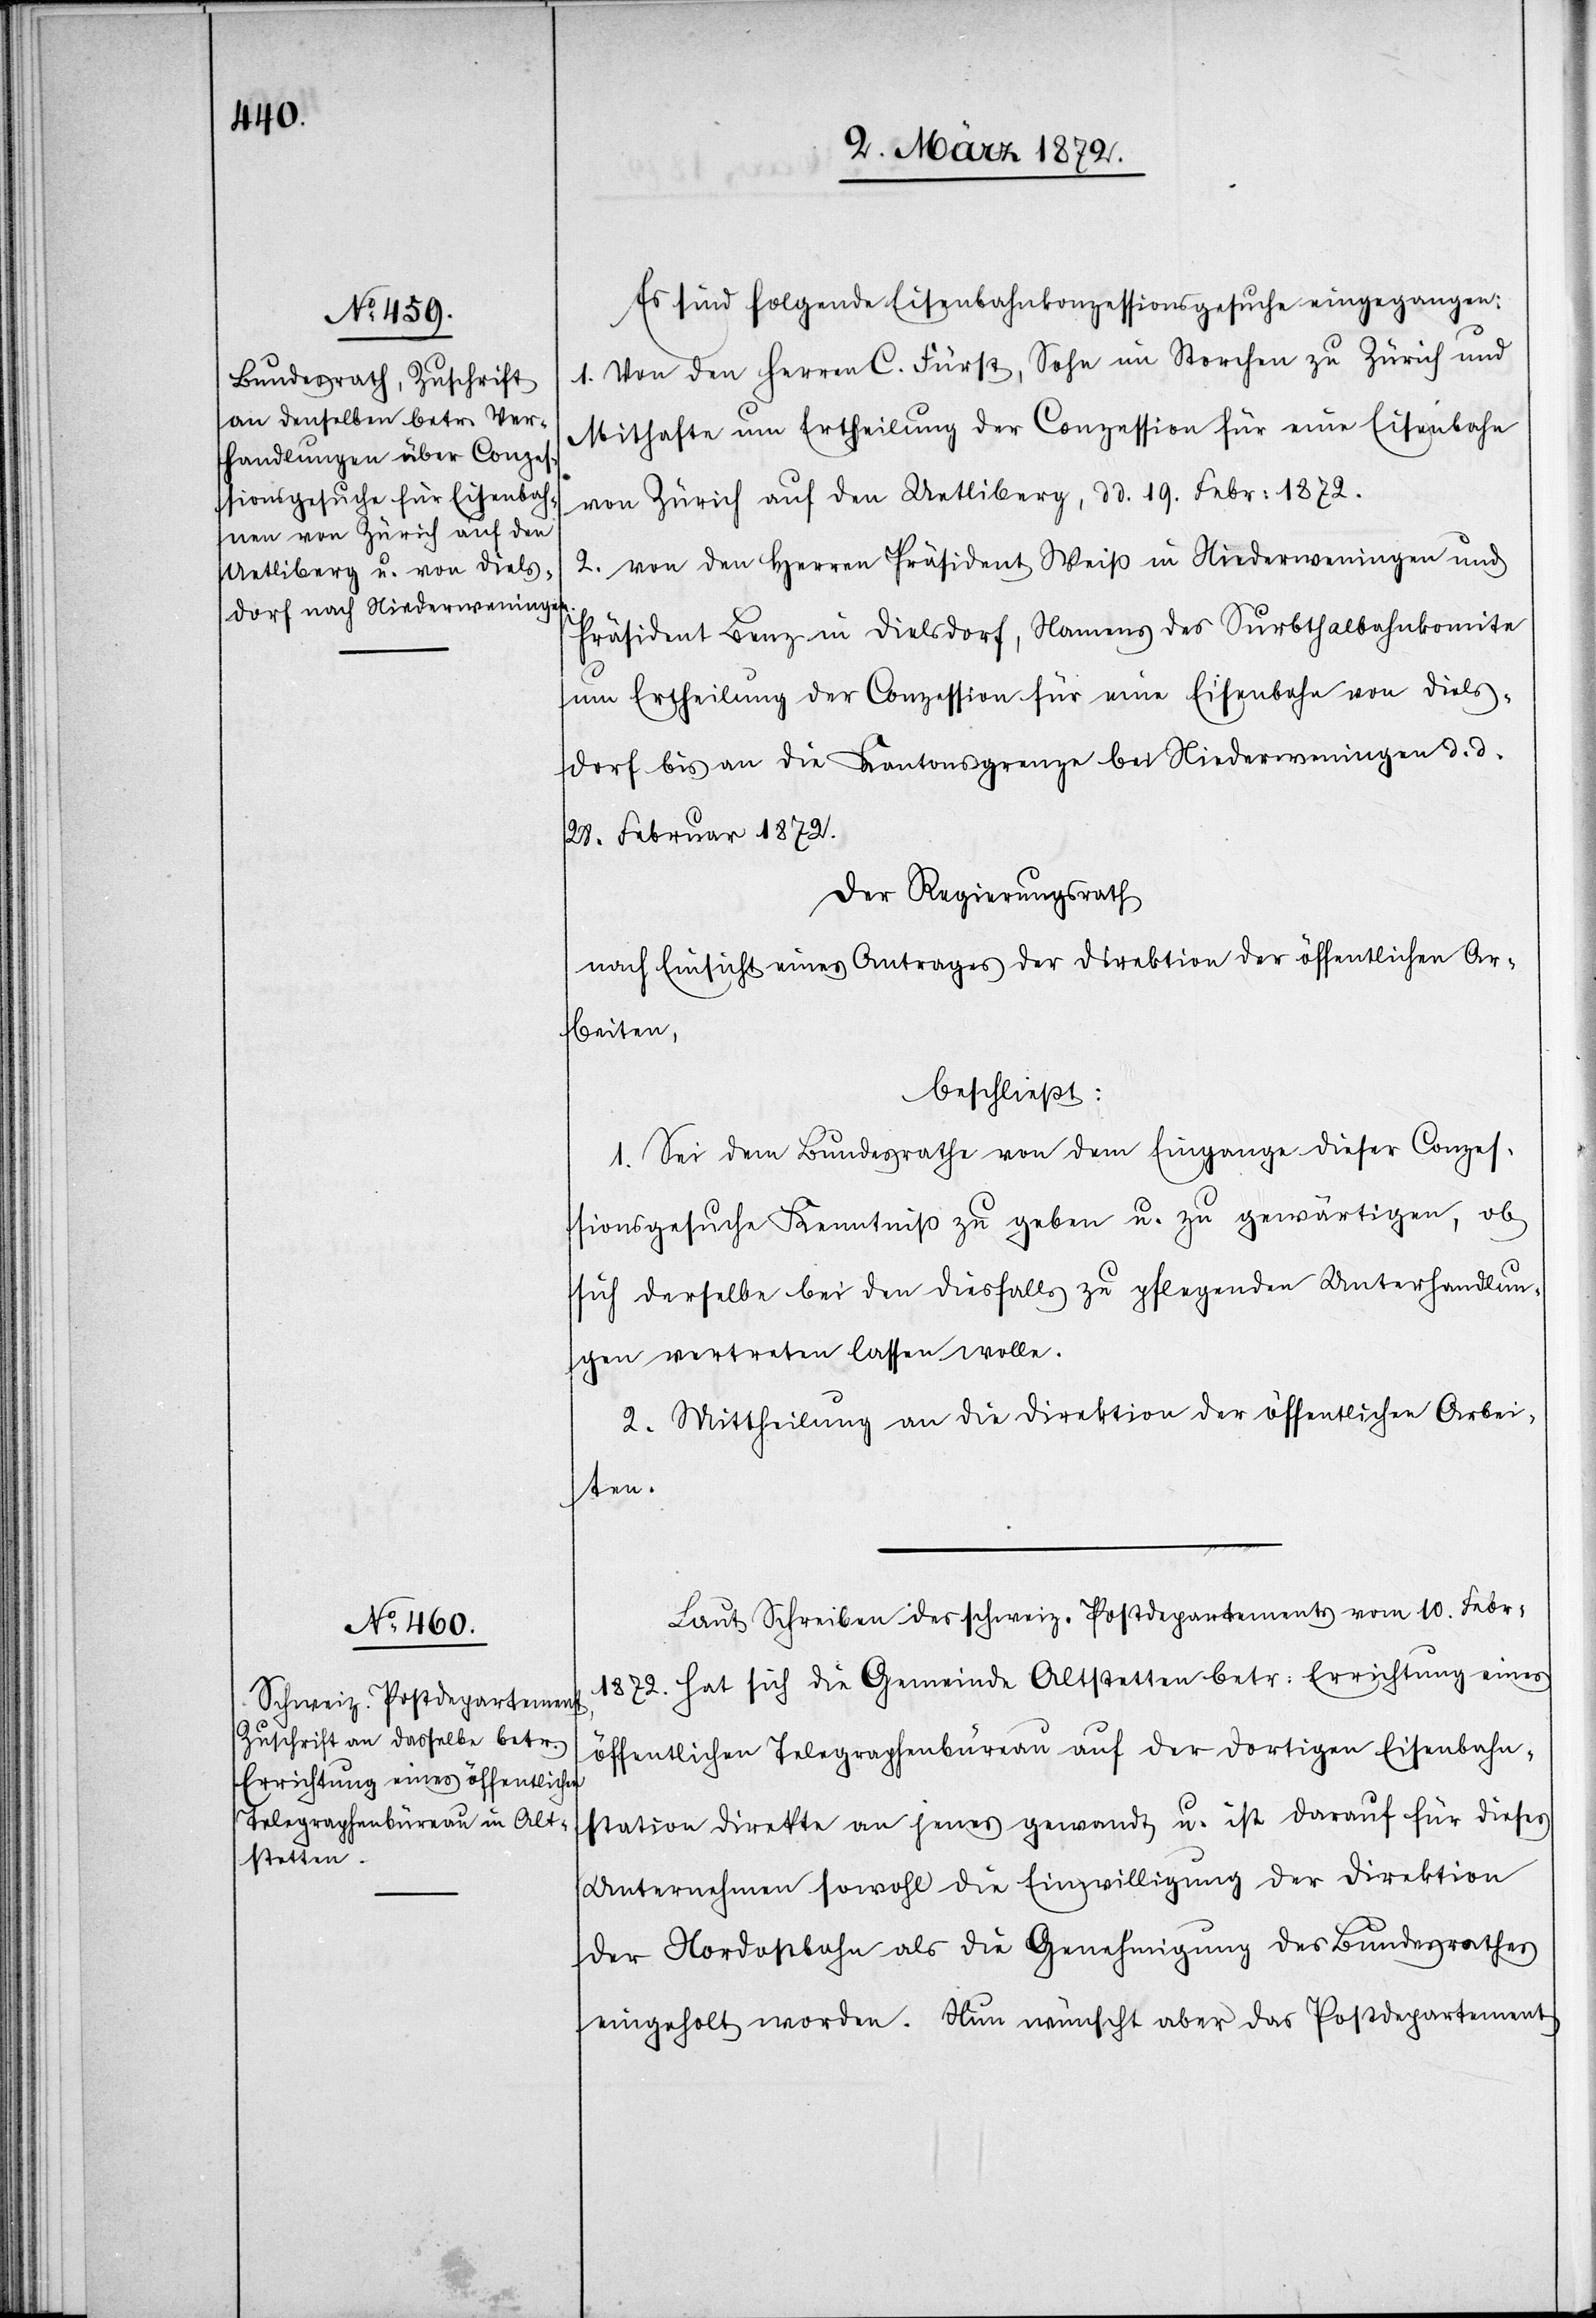
Es sind folgende Eisenbahnkonzessionsgesuche eingegangen:
1. Von den Herren C. Fürst, Sohn im Storchen zu Zürich und
Mithafte um Ertheilung der Conzession für eine Eisenbahn
von Zürich auf den Uetliberg, d d. 19. Febr. 1872.
2. Von den Herren Präsident Weiß in Niederweningen und
Präsident Lenz in Dielsdorf, Namens des Surbthalbahnkomite
um Ertheilung der Conzession für eine Eisenbahn von Diels¬
dorf bis an die Kantonsgrenze bei Niederweningen d. d.
28. Februar 1872.
Der Regierungsrath
nach Einsicht eines Antrages der Direktion der öffentlichen Ar¬
beiten,
beschließt:
1. Sei dem Bundesrathe von dem Eingange dieser Conzes¬
sionsgesuche Kenntniß zu geben u. zu gewärtigen, ob
sich derselbe bei den diesfalls zu pflegenden Unterhandlun¬
gen vertreten lassen wolle.
2. Mittheilung an die Direktion der öffentlichen Arbei¬
ten.
Laut Schreiben des schweiz. Postdepartements vom 10. Febr.
1872. hat sich die Gemeinde Altstetten betr: Errichtung eines
öffentlichen Telegraphenbüreau auf der dortigen Eisenbahn¬
station direkte [sic!] an jenes gewandt u. ist darauf für dieses
Unternehmen sowohl die Einwilligung der Direktion
der Nordostbahn als die Genehmigung des Bundesrathes
eingeholt worden. Nun wünscht aber das Postdepartement